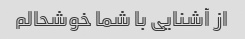
از آشنایی با شما خوشحالم